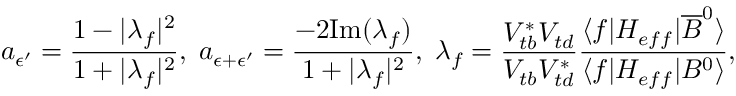
a _ { { \epsilon } ^ { \prime } } = \frac { 1 - { \vert } { \lambda } _ { f } { \vert } ^ { 2 } } { 1 + { \vert } { \lambda } _ { f } { \vert } ^ { 2 } } , \; a _ { { \epsilon } + { \epsilon } ^ { \prime } } = \frac { - 2 \mathrm { I m } ( { \lambda } _ { f } ) } { 1 + { \vert } { \lambda } _ { f } { \vert } ^ { 2 } } , \; { \lambda } _ { f } = \frac { V _ { t b } ^ { \ast } V _ { t d } } { V _ { t b } V _ { t d } ^ { \ast } } \frac { { \langle } f { \vert } { \cal H } _ { e f f } { \vert } { \overline { { { B } } } } ^ { 0 } { \rangle } } { { \langle } f { \vert } { \cal H } _ { e f f } { \vert } B ^ { 0 } { \rangle } } ,